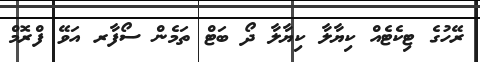
ރޭހުގެ ޓިކެޓެއް ކިޔާލާ ކިޔާލާ ދޯ ބަޓް ތަމެން ސޯފާރ އަވޭ ފްރޮމް